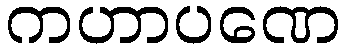
ကဟာပဏေ